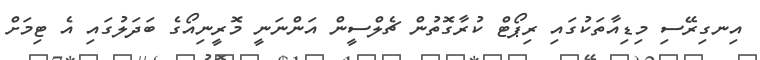
އިނގިރޭސި މިޑިއާތަކުގައި ރިޕޯޓް ކުރާގޮތުން ޗެލްސީން އަންނަނީ މޮރީނިއޯގެ ބަދަލުގައި އެ ޓިމަށް